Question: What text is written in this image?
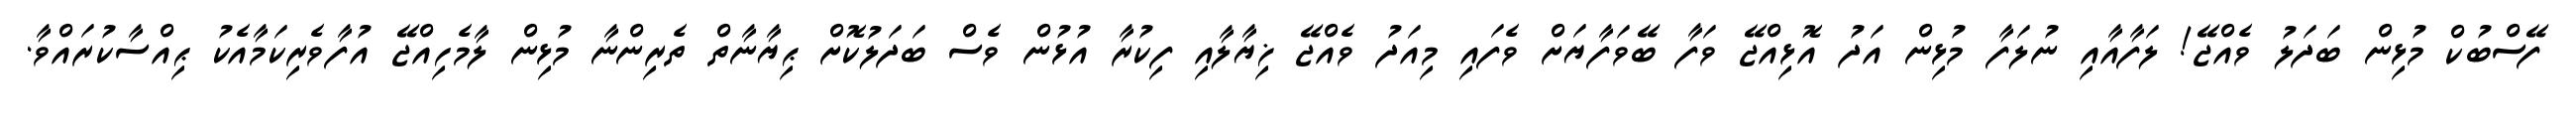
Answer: ފޭސްބުކް މުޅިން ބަދަލު ވެއްޖޭ! ލަފާއާއި ނުލަފާ މުޅިން އަދު އޮޅިއްޖޭ ވަފާ ބޭވަފާޔަށް ވެފައި މިއަދު ވެއްޖޭ ޚިޔާލާއި ފިކުރާ އުޅުން ވެސް ބަދަލުކޮށް ޙިޔާނާތް ތެރިންނާ މުޅިން ލާމެހިއްޖޭ އުފާވެރިކަމާއެކު ޙިއްސާކުރައްވާ.